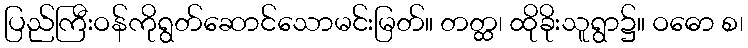
ပြည်ကြီးဝန်ကိုရွတ်ဆောင်သောမင်းမြတ်။ တတ္ထ၊ ထိုခိုးသူရွာ၌။ ဝဓော စ၊